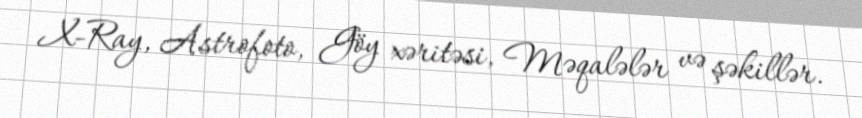
X-Ray, Astrofoto, Göy xəritəsi, Məqalələr və şəkillər.